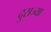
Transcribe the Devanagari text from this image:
दुसज्या